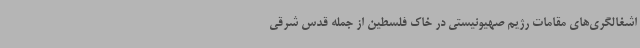
اشغالگری‌های مقامات رژیم صهیونیستی در خاک فلسطین از جمله قدس شرقی